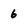
Character: 6